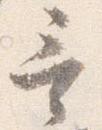
言